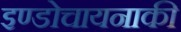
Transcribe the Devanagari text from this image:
इण्डोचायनाकी